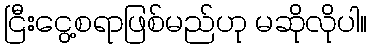
ငြီးငွေ့စရာဖြစ်မည်ဟု မဆိုလိုပါ။